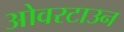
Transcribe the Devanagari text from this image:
ओवरटाउन